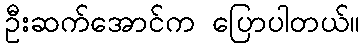
ဦးဆက်အောင်က ပြောပါတယ်။